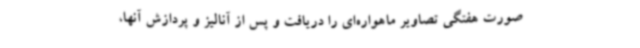
صورت هفتگی تصاویر ماهواره‌ای را دریافت و پس از آنالیز و پردازش آنها،